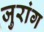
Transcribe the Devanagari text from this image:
जुरांग